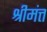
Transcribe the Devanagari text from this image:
श्रीमंत्त